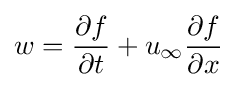
w={\frac {\partial f}{\partial t}}+u_{\infty }{\frac {\partial f}{\partial x}}